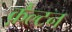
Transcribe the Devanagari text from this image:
क़ैल्टन